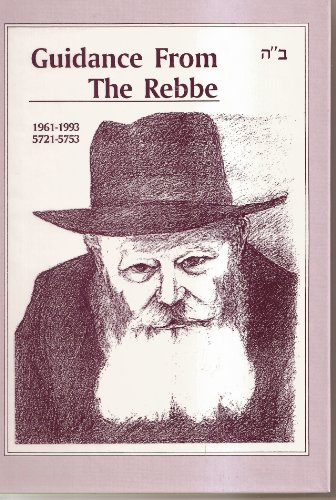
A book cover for Guidance from the Rebbe: Personal Recollections 1961-1993, 5721-5733; Peter Kalms; Religion & Spirituality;